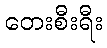
တေးစီးရီး